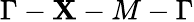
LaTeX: \Gamma-\mathbf{X}-M-\Gamma